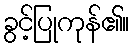
ခွင့်ပြုကုန်၏။